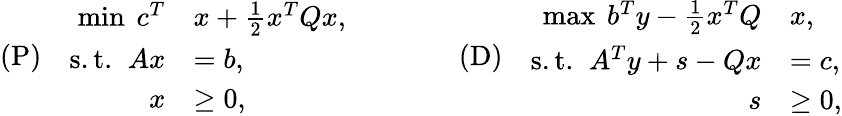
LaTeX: (\mathrm{P})\quad\begin{array}{rl}{\operatorname*{min}\ c^{T}}&{x+\frac{1}{2}x^{T}Qx,}\\ {\mathrm{s.t.}\; \; Ax}&{=b,}\\ {x}&{\geq 0,}\end{array}\qquad\qquad(\mathrm{D})\quad\begin{array}{rl}{\operatorname*{max}\ b^{T}y-\frac{1}{2}x^{T}Q}&{x,\ \ }\\ {\mathrm{s.t.}\; \; A^{T}y+s-Qx}&{=c,}\\ {s}&{\geq 0,}\end{array}